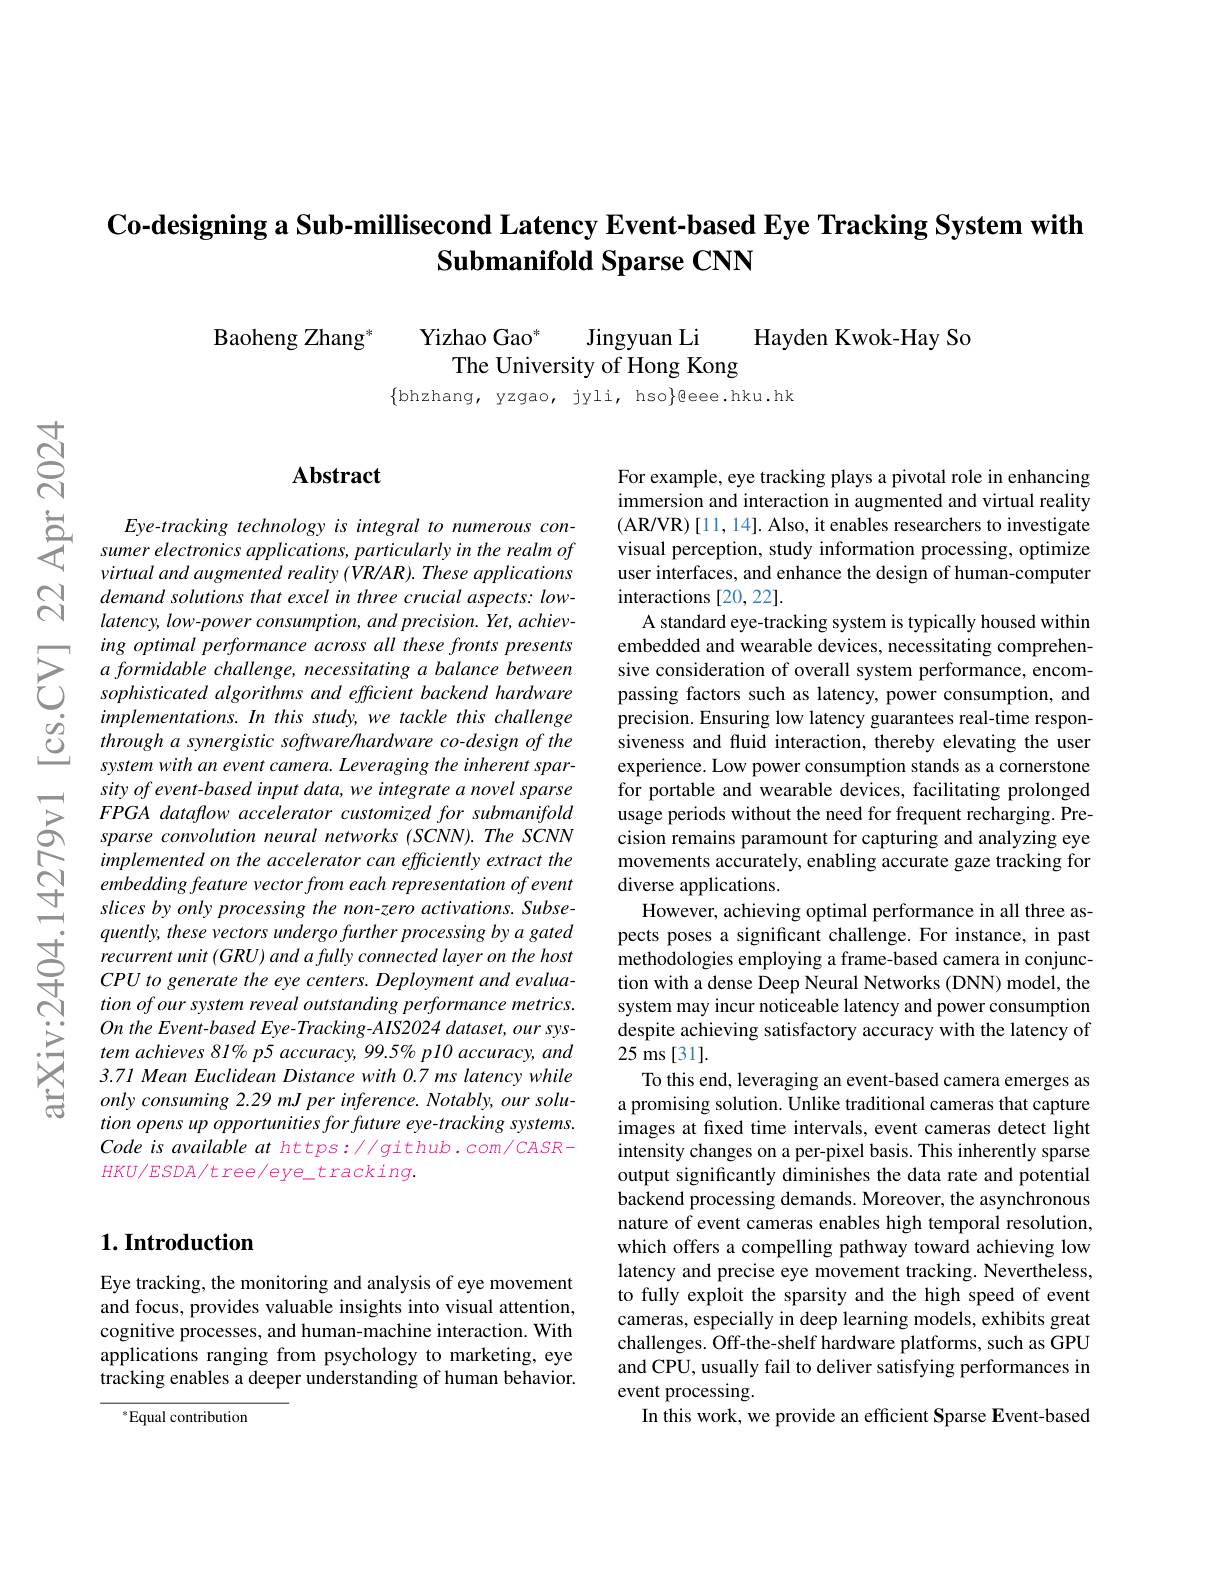
# Co-designing a Sub-millisecond Latency Event-based Eye Tracking System with Submanifold Sparse CNN

Baoheng Zhang$^*$
Yizhao Gao*
Hayden Kwok-Hay So
Jingyuan Li
The University of Hong Kong

$\{$bhzhang, yzgao, jyli, hso{gee.hku.hk}

$હું$

$റ്റെ$

# Abstract

$\sum_{\begin{array}{cc}Eye-tracking&technology&is&integral&to&\end{array}}$
demand solutions that excel in three crucial aspects: lowlatency, low-power consumption, and precision. Yet, achieving optimal performance across all these fronts presents
$\begin{array}{llll}&implementations.In&this&study,we&tackle&this&challenge\\\textcircled{O}&through&a&synergistic&software&hardware&co-design&of&the\\&system&with&an&event&camera.Leveraging&the&inherent&spar-\end{array}$
sity of event-based input data, we integrate a novel sparse FPGA dataflow accelerator customized for submanifold sparse convolution neural networks (SCNN).The SCNN implemented on the accelerator can efficiently extract the embedding feature vector from each representation of event slices by only processing the non-zero activations. Subsequently, these vectors undergo further processing by a gated
tion of our system reveal outstanding performance metrics. On the Event-based Eye- Tracking- AIS2024 dataset, our system achieves 81% p5 accuracy, 99.5% p10 accuracy, and 3.71 Mean Euclidean Distance with 0.7 ms latency while only consuming 2.29 mJ per inference. Notably, our solution opens up opportunities for future eye-tracking systems. Code is available at https: //github. com/CASR- $HKU/ESDA/tree/eye\_tracking.$

### $1. \textbf{Introduction}$

Eye tracking, the monitoring and analysis of eye movement and focus, provides valuable insights into visual attention, cognitive processes, and human-machine interaction. With applications ranging from psychology to marketing, eye tracking enables a deeper understanding of human behavior.

$^*$Equal contribution

For example, eye tracking plays a pivotal role in enhancing immersion and interaction in augmented and virtual reality (AR/VR) [11, 14]. Also, it enables researchers to investigate visual perception, study information processing, optimize user interfaces, and enhance the design of human-computer interactions [20,22].
A standard eye-tracking system is typically housed within embedded and wearable devices, necessitating comprehensive consideration of overall system performance, encompassing factors such as latency, power consumption, and precision. Ensuring low latency guarantees real-time responsiveness and fluid interaction, thereby elevating the user experience. Low power consumption stands as a cornerstone for portable and wearable devices, facilitating prolonged usage periods without the need for frequent recharging. Precision remains paramount for capturing and analyzing eye movements accurately, enabling accurate gaze tracking for diverse applications.
However, achieving optimal performance in all three aspects poses a significant challenge. For instance, in past methodologies employing a frame-based camera in conjunction with a dense Deep Neural Networks (DNN) model, the system may incur noticeable latency and power consumption despite achieving satisfactory accuracy with the latency of 25 ms [31].
To this end, leveraging an event-based camera emerges as a promising solution. Unlike traditional cameras that capture images at fixed time intervals, event cameras detect light intensity changes on a per-pixel basis. This inherently sparse output significantly diminishes the data rate and potential backend processing demands. Moreover, the asynchronous nature of event cameras enables high temporal resolution, which offers a compelling pathway toward achieving low latency and precise eye movement tracking. Nevertheless, to fully exploit the sparsity and the high speed of event cameras, especially in deep learning models, exhibits great challenges. Off-the-shelf hardware platforms, such as GPU and CPU, usually fail to deliver satisfying performances in event processing.
In this work, we provide an efficient Sparse Event-based